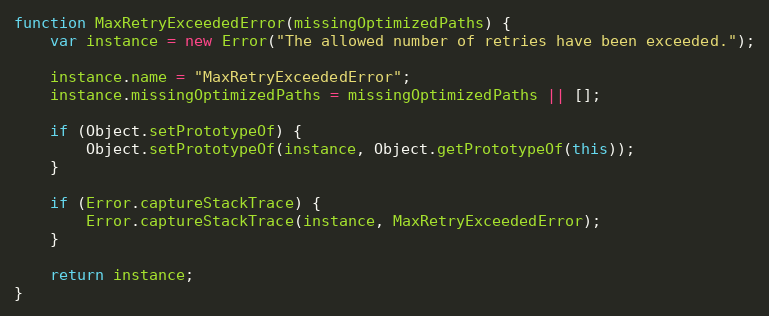
Language: JavaScript
function MaxRetryExceededError(missingOptimizedPaths) {
    var instance = new Error("The allowed number of retries have been exceeded.");

    instance.name = "MaxRetryExceededError";
    instance.missingOptimizedPaths = missingOptimizedPaths || [];

    if (Object.setPrototypeOf) {
        Object.setPrototypeOf(instance, Object.getPrototypeOf(this));
    }

    if (Error.captureStackTrace) {
        Error.captureStackTrace(instance, MaxRetryExceededError);
    }

    return instance;
}